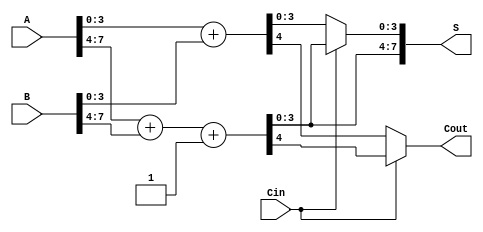
module carry_select_adder #(parameter N = 8) (
    input  wire [N-1:0] A,      // Input A
    input  wire [N-1:0] B,      // Input B
    input  wire Cin,             // Carry-in
    output wire [N:0] S,         // Sum output (N+1 bits)
    output wire Cout             // Carry-out
);

    // Internal signals for the carry select logic
    wire [N-1:0] S0;           // Sum when Cin = 0
    wire [N-1:0] S1;           // Sum when Cin = 1
    wire Cout0;                // Carry-out when Cin = 0
    wire Cout1;                // Carry-out when Cin = 1

    // 4-bit adders for low and high carry blocks
    // Low block (Cin = 0)
    wire [3:0] A_low = A[3:0];
    wire [3:0] B_low = B[3:0];
    wire [3:0] S_low;
    wire C_low;

    // Full adder for lower 4 bits when Cin = 0
    assign {C_low, S_low} = A_low + B_low;

    // High block (Cin = 1)
    wire [3:0] A_high = A[7:4];
    wire [3:0] B_high = B[7:4];
    wire [3:0] S_high;
    wire C_high;

    // Full adder for higher 4 bits when Cin = 1
    assign {C_high, S_high} = A_high + B_high + 1'b1;

    // Multiplexers to select the sum and carry-out
    assign S[3:0] = (Cin) ? S_high : S_low; // Select sum based on Cin
    assign Cout = (Cin) ? C_high : C_low;   // Select carry-out based on Cin

    // Handle the carry-in for the next stage (if needed)
    assign S[4] = Cout;

    // Final output sum
    assign S[7:4] = S_high; // just for the higher bits, adjust if using different bit widths
    
endmodule